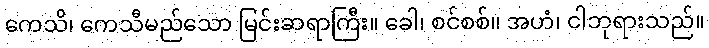
ကေသိ၊ ကေသီမည်သော မြင်းဆရာကြီး။ ခေါ၊ စင်စစ်။ အဟံ၊ ငါဘုရားသည်။